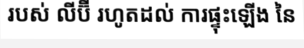
របស់ លីប៊ី រហូតដល់ ការផ្ទុះឡើង នៃ